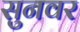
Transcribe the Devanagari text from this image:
सुनवर